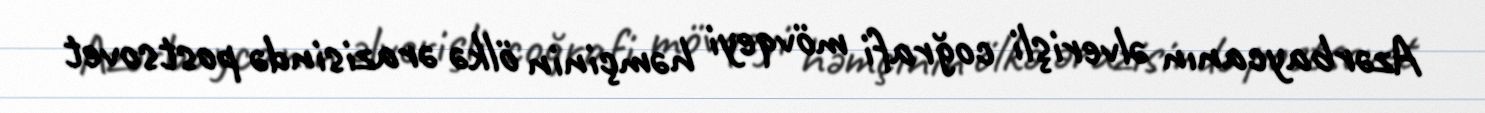
Azərbaycanın əlverişli coğrafi mövqeyi həmçinin ölkə ərazisində postsovet